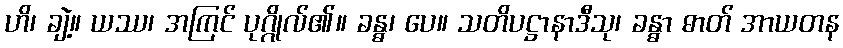
ဟိ၊ ချဲ့။ ယဿ၊ အကြင် ပုဂ္ဂိုလ်၏။ ခန္ဓ၊ ပေ။ သတိပဋ္ဌာနာဒီသု၊ ခန္ဓာ ဓာတ် အာယတန